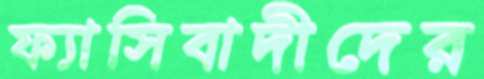
ফ্যাসিবাদীদের